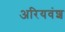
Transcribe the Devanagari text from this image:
अरियवंश